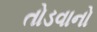
તોડવાનો